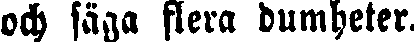
och säga flera dumheter.